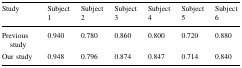
<table><thead><tr><td><b>Study</b></td><td><b>Subject 1</b></td><td><b>Subject 2</b></td><td><b>Subject 3</b></td><td><b>Subject 4</b></td><td><b>Subject 5</b></td><td><b>Subject 6</b></td></tr></thead><tbody><tr><td>Previous study</td><td>0.940</td><td>0.780</td><td>0.860</td><td>0.800</td><td>0.720</td><td>0.880</td></tr><tr><td>Our study</td><td>0.948</td><td>0.796</td><td>0.874</td><td>0.847</td><td>0.714</td><td>0.840</td></tr></tbody></table>